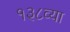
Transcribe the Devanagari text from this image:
१३८व्या